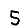
Digit: 5